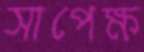
সাপেক্ষ